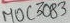
Text: µOC3083